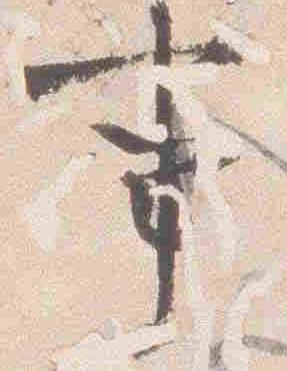
事